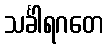
သင်္ခါရဂတေ